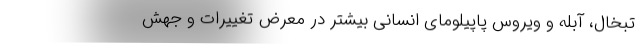
تبخال، آبله و ویروس پاپیلومای انسانی بیشتر در معرض تغییرات و جهش